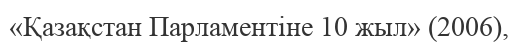
«Қазақстан Парламентіне 10 жыл» (2006),